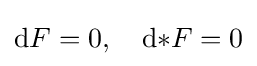
\mathrm {d} F=0,\quad \mathrm {d} {*F}=0